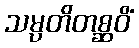
သမ္ပတိတစ္ဆဝိံ